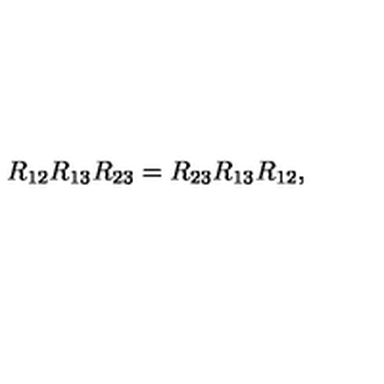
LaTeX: R _ { 1 2 } R _ { 1 3 } R _ { 2 3 } = R _ { 2 3 } R _ { 1 3 } R _ { 1 2 } ,